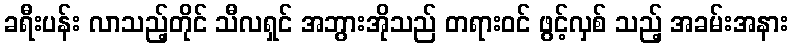
ခရီးပန်း လာသည့်တိုင် သီလရှင် အဘွားအိုသည် တရားဝင် ဖွင့်လှစ် သည့် အခမ်းအနား